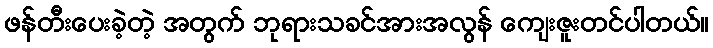
ဖန်တီးပေးခဲ့တဲ့ အတွက် ဘုရားသခင်အားအလွန် ကျေးဇူးတင်ပါတယ်။